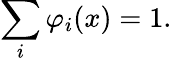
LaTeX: \sum_{i}\varphi_{i}(x)=1.